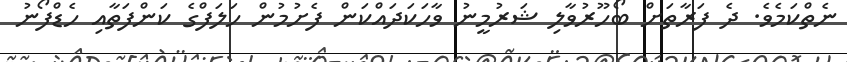
ނެތްކަމެވެ. ދެ ފަރާތަށް ބޯހޫރުވާލި ޝަރުމީނު ވާހަކަދައްކަން ފެށުމުން ހަލަފްގެ ކަންފަތާއި ހެޑްފޯނު